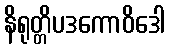
နိရုတ္တိပဒကောဝိဒေါ